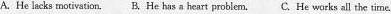
A.He lacks motivation.